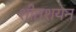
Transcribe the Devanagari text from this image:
शीतशयन